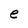
Character: e